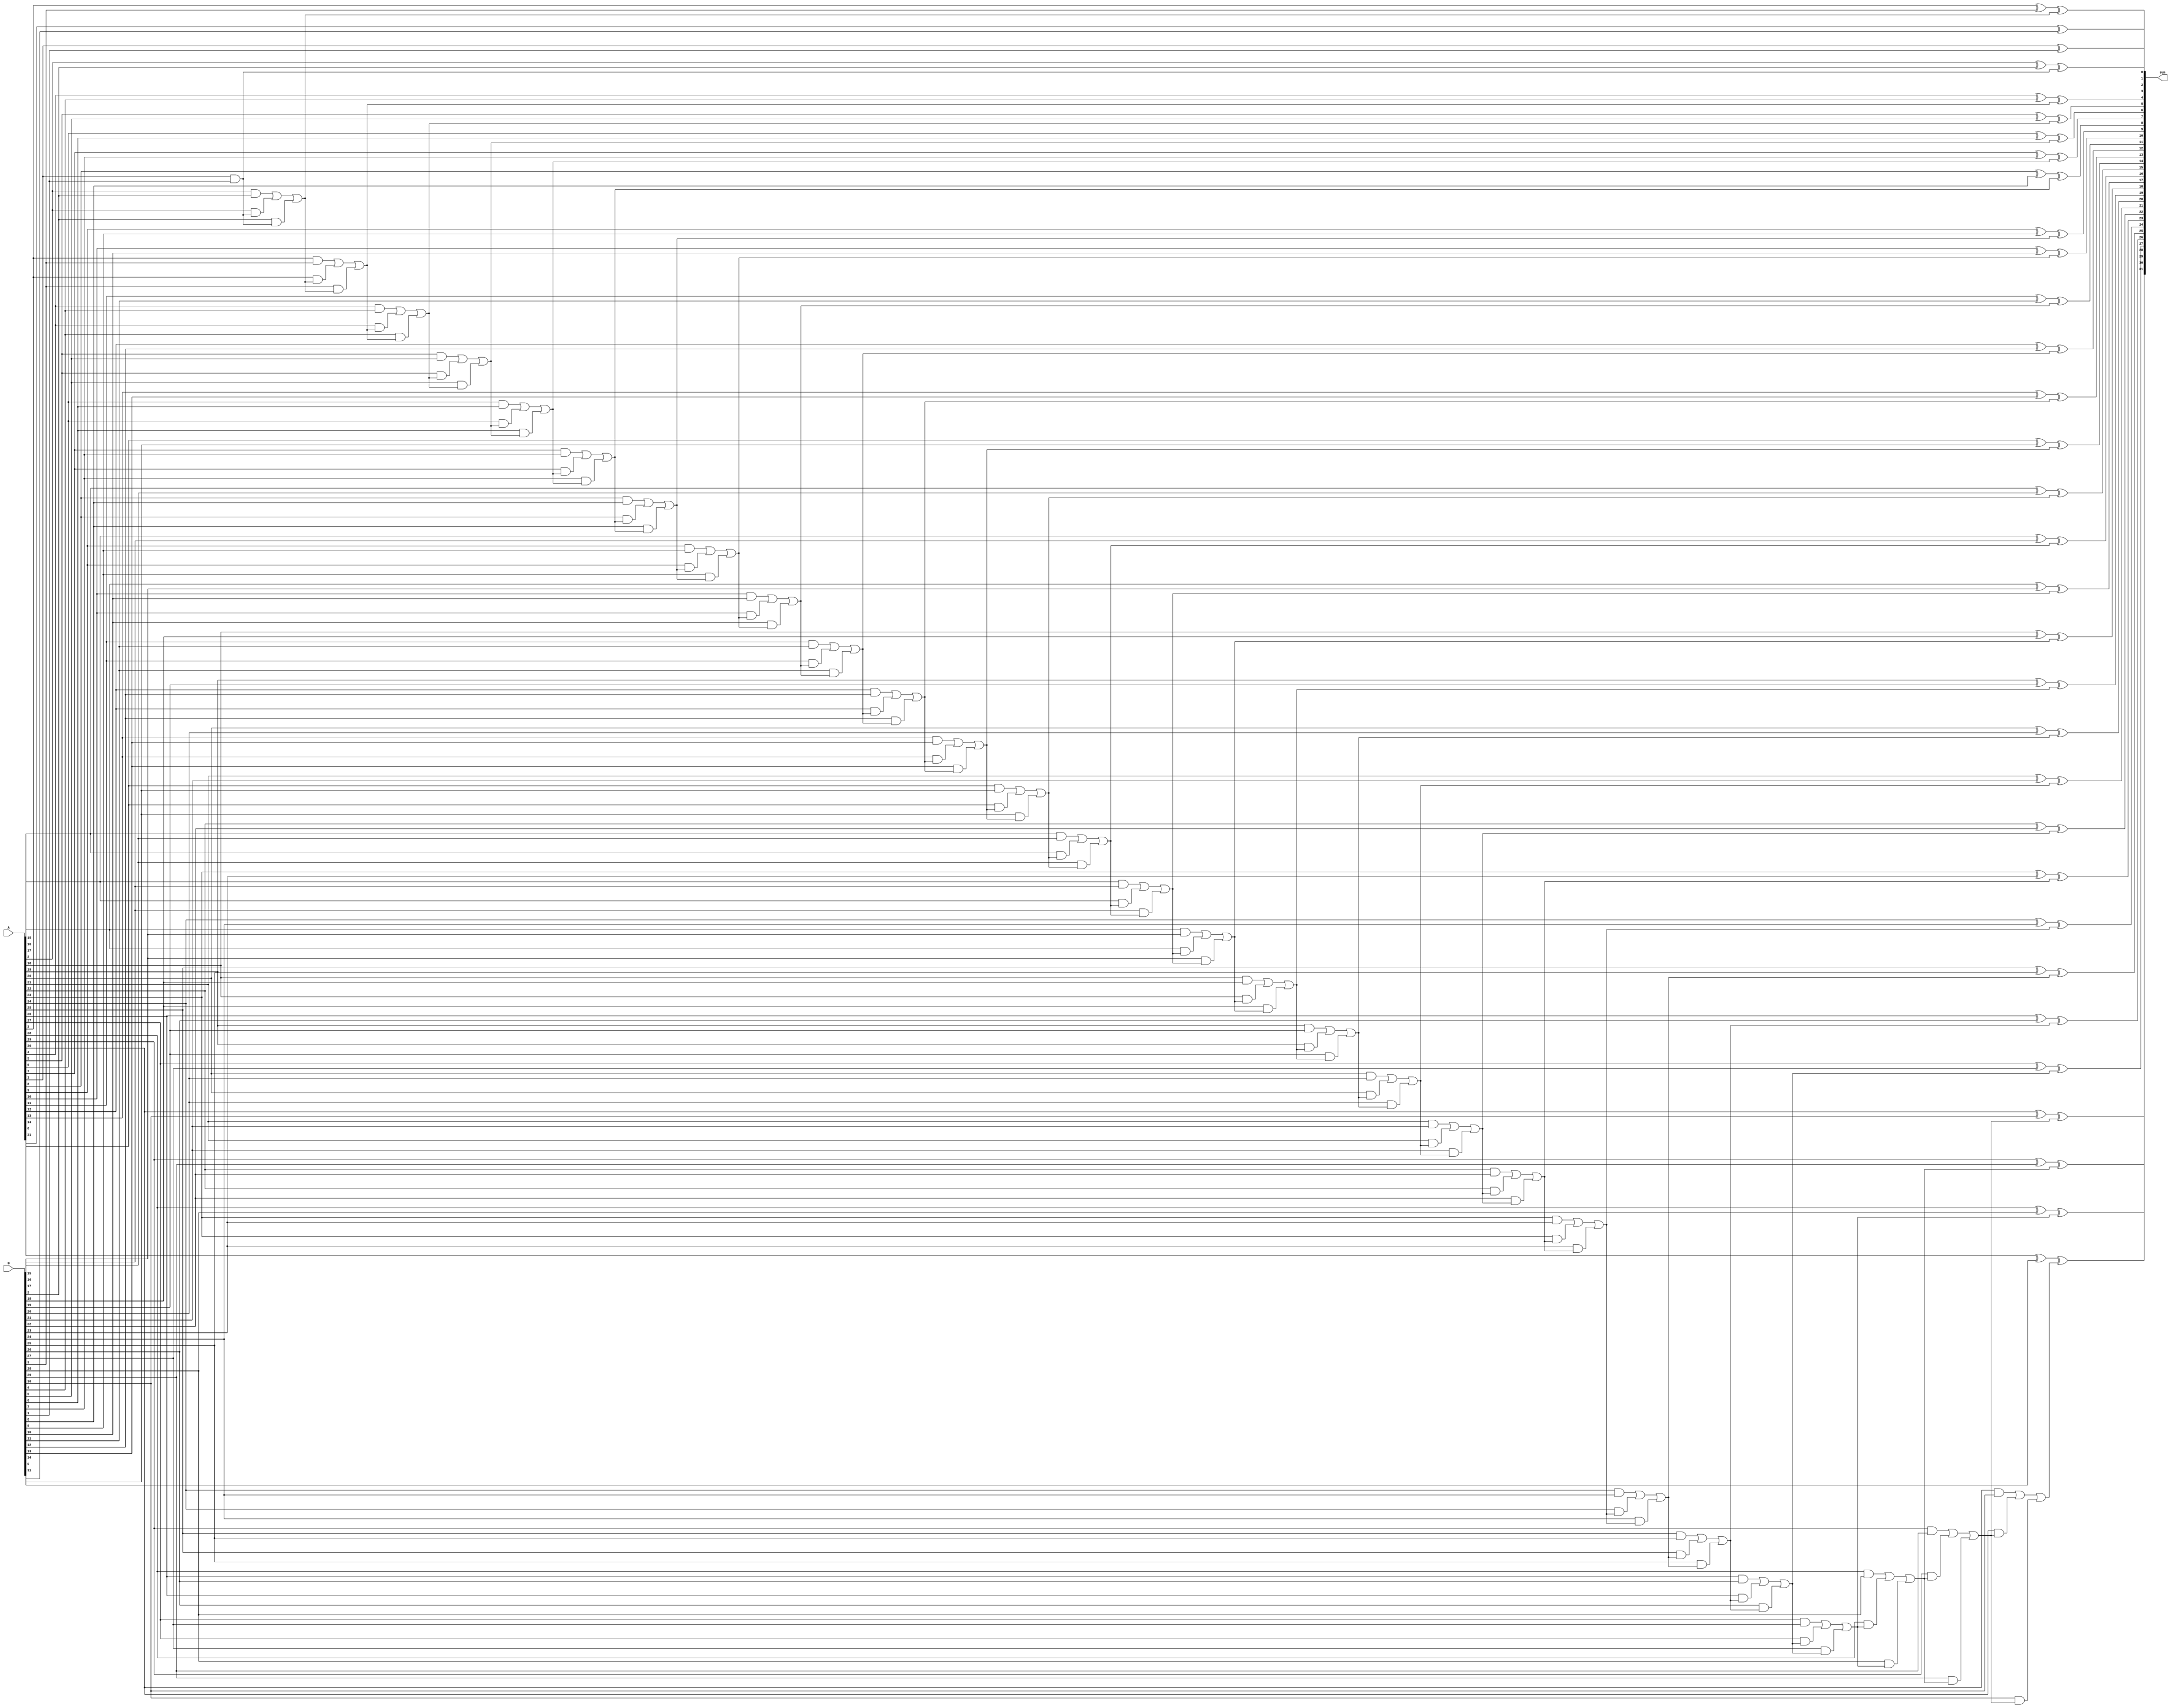
module carry_skip_adder(
  input wire [31:0] A,
  input wire [31:0] B,
  output wire [31:0] sum
);

wire [32:0] carry;

genvar i;
generate
  // First stage
  assign carry[0] = 1'b0;
  assign sum[0] = A[0] ^ B[0] ^ carry[0];

  // Middle stages
  for (i = 1; i < 31; i = i + 1) begin
    assign carry[i] = (A[i] & B[i]) | (A[i] & carry[i-1]) | (B[i] & carry[i-1]);
    assign sum[i] = A[i] ^ B[i] ^ carry[i-1];
  end

  // Last stage
  assign sum[31] = A[31] ^ B[31] ^ carry[30];
endgenerate

endmodule